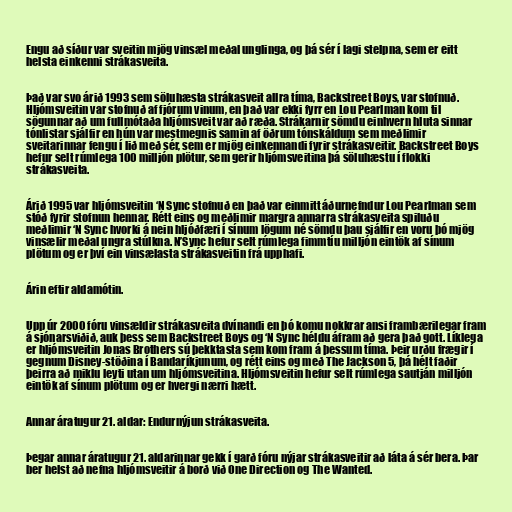
Engu að síður var sveitin mjög vinsæl meðal unglinga, og þá sér í lagi stelpna, sem er eitt
helsta einkenni strákasveita.

Það var svo árið 1993 sem söluhæsta strákasveit allra tíma, Backstreet Boys, var stofnuð.
Hljómsveitin var stofnuð af fjórum vinum, en það var ekki fyrr en Lou Pearlman kom til
sögunnar að um fullmótaða hljómsveit var að ræða. Strákarnir sömdu einhvern hluta sinnar
tónlistar sjálfir en hún var mestmegnis samin af öðrum tónskáldum sem meðlimir
sveitarinnar fengu í lið með sér, sem er mjög einkennandi fyrir strákasveitir. Backstreet Boys
hefur selt rúmlega 100 milljón plötur, sem gerir hljómsveitina þá söluhæstu í flokki
strákasveita.

Árið 1995 var hljómsveitin ‘N Sync stofnuð en það var einmitt áðurnefndur Lou Pearlman sem
stóð fyrir stofnun hennar. Rétt eins og meðlimir margra annarra strákasveita spiluðu
meðlimir ‘N Sync hvorki á nein hljóðfæri í sínum lögum né sömdu þau sjálfir en voru þó mjög
vinsælir meðal ungra stúlkna. N’Sync hefur selt rúmlega fimmtíu milljón eintök af sínum
plötum og er því ein vinsælasta strákasveitin frá upphafi.

Árin eftir aldamótin.

Upp úr 2000 fóru vinsældir strákasveita dvínandi en þó komu nokkrar ansi frambærilegar fram
á sjónarsviðið, auk þess sem Backstreet Boys og ‘N Sync héldu áfram að gera það gott. Líklega
er hljómsveitin Jonas Brothers sú þekktasta sem kom fram á þessum tíma. Þeir urðu frægir í
gegnum Disney-stöðina í Bandaríkjunum, og rétt eins og með The Jackson 5, þá hélt faðir
þeirra að miklu leyti utan um hljómsveitina. Hljómsveitin hefur selt rúmlega sautján milljón
eintök af sínum plötum og er hvergi nærri hætt.

Annar áratugur 21. aldar: Endurnýjun strákasveita.

Þegar annar áratugur 21. aldarinnar gekk í garð fóru nýjar strákasveitir að láta á sér bera. Þar
ber helst að nefna hljómsveitir á borð við One Direction og The Wanted.